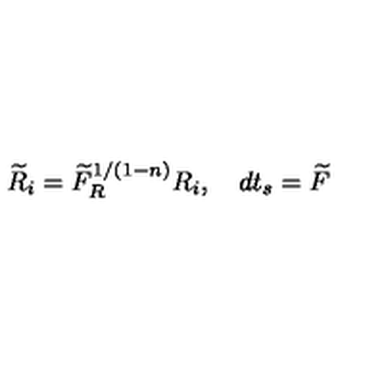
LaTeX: \widetilde { R } _ { i } = \widetilde { F } _ { R } ^ { 1 / ( 1 - n ) } R _ { i } , \quad d t _ { s } = \widetilde { F }